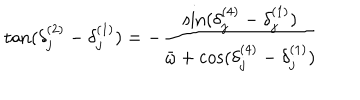
\tan ( \delta _ { j } ^ { ( 2 ) } - \delta _ { j } ^ { ( 1 ) } ) = - { \frac { \sin ( \delta _ { j } ^ { ( 4 ) } - \delta _ { j } ^ { ( 1 ) } ) } { \bar { \omega } + \cos ( \delta _ { j } ^ { ( 4 ) } - \delta _ { j } ^ { ( 1 ) } ) } }